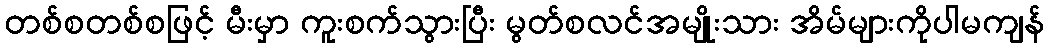
တစ်စတစ်စဖြင့် မီးမှာ ကူးစက်သွားပြီး မွတ်စလင်အမျိုးသား အိမ်များကိုပါမကျန်